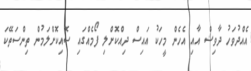
އެއްދުވަހު ދާވިޝް އާއި އެހެން މީހަކު އައިސް ދިއްކޮށްލި ފޯމެއްގައި ސޮއިކޮށްލަމުން ތިންސަތޭކަ